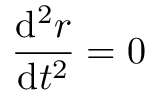
{ \frac { \mathrm { d } ^ { 2 } r } { \mathrm { d } t ^ { 2 } } } = 0